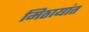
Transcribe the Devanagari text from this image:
मिठायांत